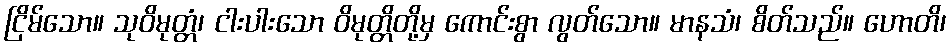
ငြိမ်သော။ သုဝိမုတ္တံ၊ ငါးပါးသော ဝိမုတ္တိတို့မှ ကောင်းစွာ လွတ်သော။ မာနသံ၊ စိတ်သည်။ ဟောတိ၊